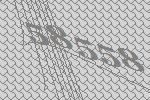
58558